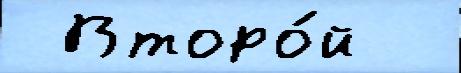
 Второ́й